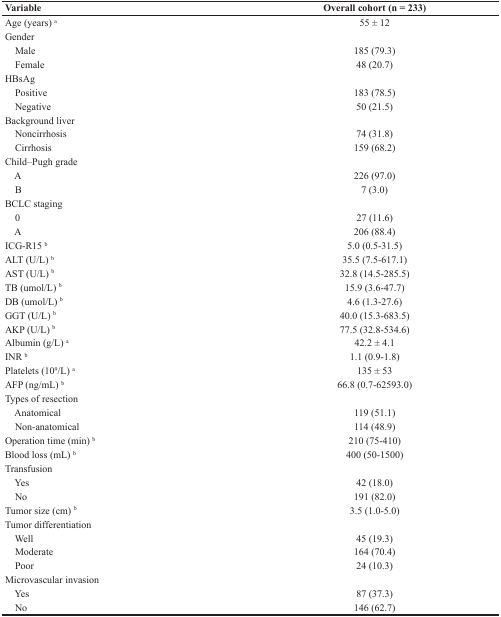
<table><thead><tr><td><b>Variable</b></td><td><b>Overall cohort (n = 233)</b></td></tr></thead><tbody><tr><td>Age (years) <sup>a</sup></td><td>55 ± 12</td></tr><tr><td>Gender</td><td></td></tr><tr><td> Male</td><td>185 (79.3)</td></tr><tr><td> Female</td><td>48 (20.7)</td></tr><tr><td>HBsAg</td><td></td></tr><tr><td> Positive</td><td>183 (78.5)</td></tr><tr><td> Negative</td><td>50 (21.5)</td></tr><tr><td>Background liver</td><td></td></tr><tr><td> Noncirrhosis</td><td>74 (31.8)</td></tr><tr><td> Cirrhosis</td><td>159 (68.2)</td></tr><tr><td>Child–Pugh grade</td><td></td></tr><tr><td> A</td><td>226 (97.0)</td></tr><tr><td> B</td><td>7 (3.0)</td></tr><tr><td>BCLC staging</td><td></td></tr><tr><td> 0</td><td>27 (11.6)</td></tr><tr><td> A</td><td>206 (88.4)</td></tr><tr><td>ICG-R15 <sup>b</sup></td><td>5.0 (0.5-31.5)</td></tr><tr><td>ALT (U/L) <sup>b</sup></td><td>35.5 (7.5-617.1)</td></tr><tr><td>AST (U/L) <sup>b</sup></td><td>32.8 (14.5-285.5)</td></tr><tr><td>TB (umol/L) <sup>b</sup></td><td>15.9 (3.6-47.7)</td></tr><tr><td>DB (umol/L) <sup>b</sup></td><td>4.6 (1.3-27.6)</td></tr><tr><td>GGT (U/L) <sup>b</sup></td><td>40.0 (15.3-683.5)</td></tr><tr><td>AKP (U/L) <sup>b</sup></td><td>77.5 (32.8-534.6)</td></tr><tr><td>Albumin (g/L) <sup>a</sup></td><td>42.2 ± 4.1</td></tr><tr><td>INR <sup>b</sup></td><td>1.1 (0.9-1.8)</td></tr><tr><td>Platelets (109/L) <sup>a</sup></td><td>135 ± 53</td></tr><tr><td>AFP (ng/mL) <sup>b</sup></td><td>66.8 (0.7-62593.0)</td></tr><tr><td>Types of resection</td><td></td></tr><tr><td> Anatomical</td><td>119 (51.1)</td></tr><tr><td> Non-anatomical</td><td>114 (48.9)</td></tr><tr><td>Operation time (min) <sup>b</sup></td><td>210 (75-410)</td></tr><tr><td>Blood loss (mL) <sup>b</sup></td><td>400 (50-1500)</td></tr><tr><td>Transfusion</td><td></td></tr><tr><td> Yes</td><td>42 (18.0)</td></tr><tr><td> No</td><td>191 (82.0)</td></tr><tr><td>Tumor size (cm) <sup>b</sup></td><td>3.5 (1.0-5.0)</td></tr><tr><td>Tumor differentiation</td><td></td></tr><tr><td> Well</td><td>45 (19.3)</td></tr><tr><td> Moderate</td><td>164 (70.4)</td></tr><tr><td> Poor</td><td>24 (10.3)</td></tr><tr><td>Microvascular invasion</td><td></td></tr><tr><td> Yes</td><td>87 (37.3)</td></tr><tr><td> No</td><td>146 (62.7)</td></tr></tbody></table>